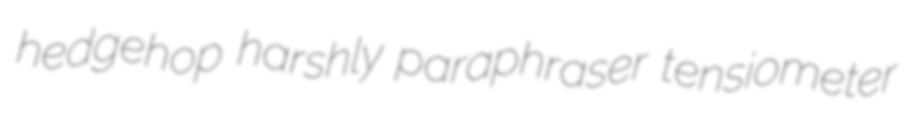
hedgehop harshly paraphraser tensiometer